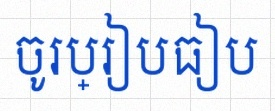
ចូរប្រៀបធៀប